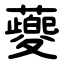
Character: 䕫